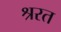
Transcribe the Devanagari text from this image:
श्ररत